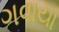
ગવાયા